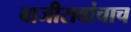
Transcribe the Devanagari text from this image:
बाजीरावांचाच